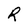
Character: R